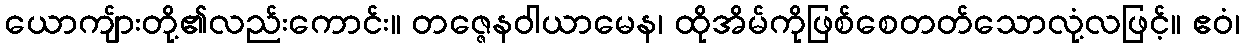
ယောကျ်ားတို့၏လည်းကောင်း။ တဇ္ဇေနဝါယာမေန၊ ထိုအိမ်ကိုဖြစ်စေတတ်သောလုံ့လဖြင့်။ ဧဝံ၊